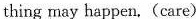
thing may happen. (care)